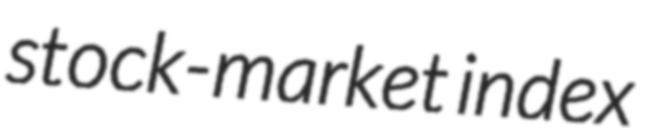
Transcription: stock-market index